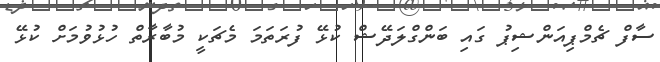
ސާފް ޗެމްޕިއަންޝިޕު ގައި ބަންގްލަދޭޝް ކުޅޭ ފުރަތަމަ މެޗަކީ މުބާރާތް ހުޅުވުމަށް ކުޅޭ